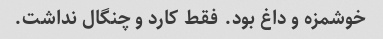
خوشمزه و داغ بود. فقط کارد و چنگال نداشت.